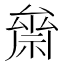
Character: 𥚪